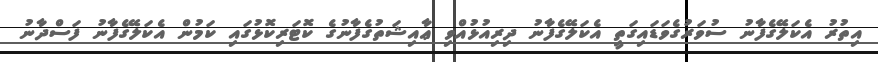
އިތުރު އެކަލޭގެފާނު ސުވަރުގެވަޑައިގަތީ އެކަލޭގެފާނު ދިރިއުޅުއްވި ޢާއިޝަތުގެފާނުގެ ކޮޓަރިކޮޅުގައި ކަމުން އެކަލޭގެފާނު ފަސްދާނު